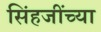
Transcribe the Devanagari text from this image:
सिंहजींच्या